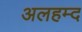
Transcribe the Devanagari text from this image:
अलहम्द